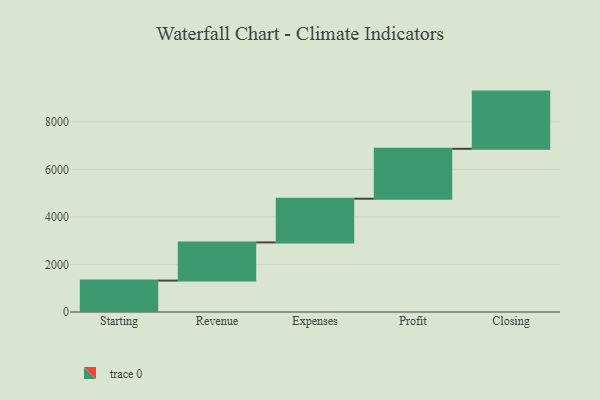
{"axis": {"x": "Step", "y": "Value"}, "legend": [""], "data": [{"x": "Starting", "y": 1321.0, "type": ""}, {"x": "Revenue", "y": 1606.0, "type": ""}, {"x": "Expenses", "y": 1838.0, "type": ""}, {"x": "Profit", "y": 2099.0, "type": ""}, {"x": "Closing", "y": 2406.0, "type": ""}]}